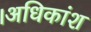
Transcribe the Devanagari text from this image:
।अधिकांश